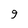
Character: 9